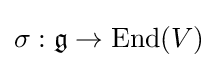
\sigma :{\mathfrak {g}}\to \operatorname {End} (V)